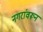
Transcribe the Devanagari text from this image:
नगरांवरून